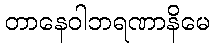
တာနေဝါဘရဏာနိမေ